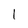
Character: l